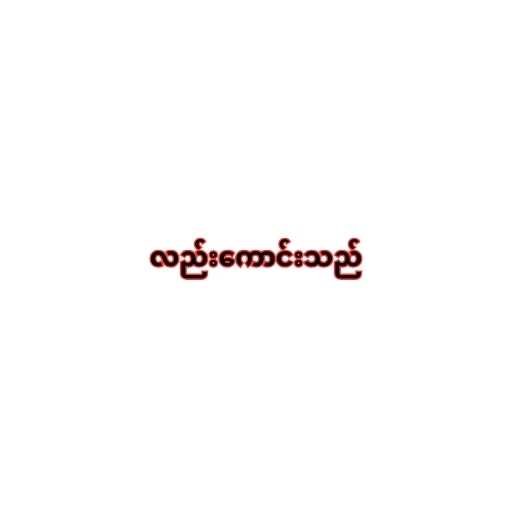
လည်းကောင်းသည်